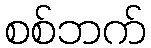
စစ်ဘက်